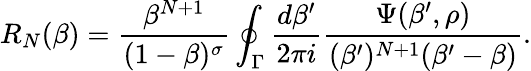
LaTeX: R_{N}(\beta)={\frac{\beta^{N+1}}{(1-\beta)^{\sigma}}}\oint_{\Gamma}{\frac{d\beta^{\prime}}{2\pi i}}{\frac{\Psi(\beta^{\prime},\rho)}{(\beta^{\prime})^{N+1}(\beta^{\prime}-\beta)}}.